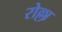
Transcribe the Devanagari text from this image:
रोल्ला